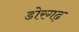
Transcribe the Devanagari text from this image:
डोरगढ़